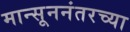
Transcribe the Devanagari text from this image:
मान्सूननंतरच्या